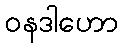
ဝနဒါဟော